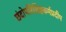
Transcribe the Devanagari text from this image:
छंदोपरिशिष्टकर्मप्रदीप